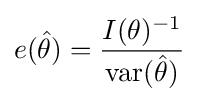
e({\hat {\theta }})={\frac {I(\theta )^{-1}}{\operatorname {var} ({\hat {\theta }})}}